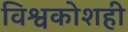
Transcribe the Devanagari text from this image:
विश्वकोशही